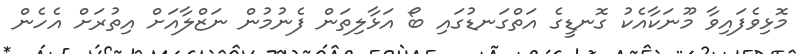
މޮޅިވެފައިވާ މޫނަކާއެކު ގޮނޑީގެ އަތްގަނޑުގައި ބޯ އަޅާލިތަން ފެނުމުން ނަޒްލާއަށް އިތުރަށް އެހެން